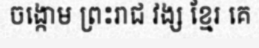
ចង្កោម ព្រះរាជ វង្ស ខ្មែរ គេ